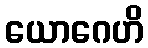
ယောဂေဟိ